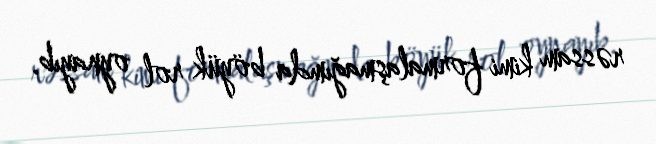
rəssam kimi formalaşmağımda böyük rol oynayıb.